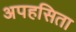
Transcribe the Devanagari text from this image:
अपहसिता